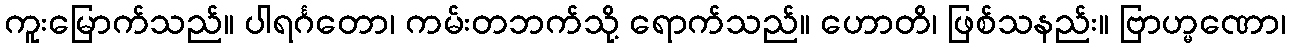
ကူးမြောက်သည်။ ပါရင်္ဂတော၊ ကမ်းတဘက်သို့ ရောက်သည်။ ဟောတိ၊ ဖြစ်သနည်း။ ဗြာဟ္မဏော၊